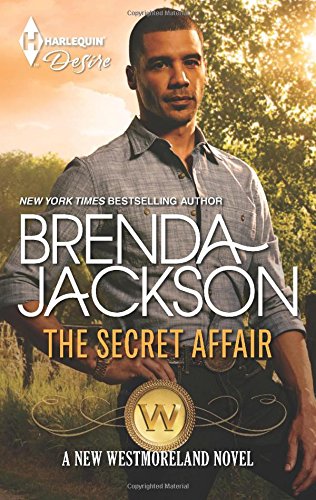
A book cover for The Secret Affair (Harlequin Desire\The Westmorelands); Brenda Jackson; Romance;